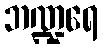
ဘဏ္ဍရေ